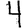
Digit: 4